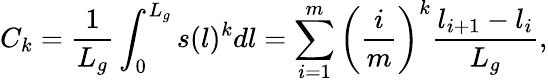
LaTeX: C_{k}=\frac{1}{L_{g}}\int_{0}^{L_{g}}s(l)^{k}dl=\sum_{i=1}^{m}\left(\frac{i}{m}\right)^{k}\frac{l_{i+1}-l_{i}}{L_{g}},